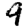
Digit: 9